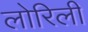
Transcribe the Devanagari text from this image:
लोरिली